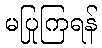
မပြုကြရန်